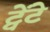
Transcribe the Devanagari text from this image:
ट्वेंटे